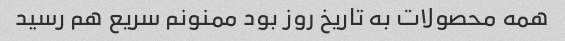
همه محصولات به تاریخ روز بود ممنونم سریع هم رسید